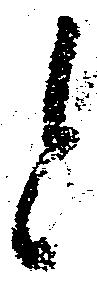
と